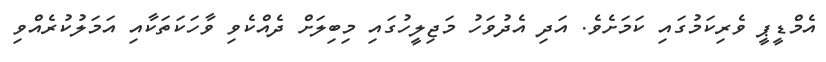
އެމްޑީޕީ ވެރިކަމުގައި ކަމަށެވެ. އަދި އެދުވަހު މަޖިލީހުގައި މިބިލަށް ދެއްކެވި ވާހަކަތަކާއި އަމަލުކުރެއްވި